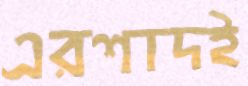
এরশাদই